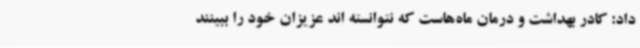
داد: کادر بهداشت و درمان ماه‌هاست که نتوانسته اند عزیزان خود را ببینند